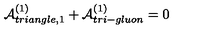
{ \cal A } _ { t r i a n g l e , 1 } ^ { ( 1 ) } + { \cal A } _ { t r i - g l u o n } ^ { ( 1 ) } = 0